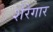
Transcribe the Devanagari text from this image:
शेरेगार